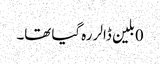
0بلین ڈالر رہ گیا تھا۔